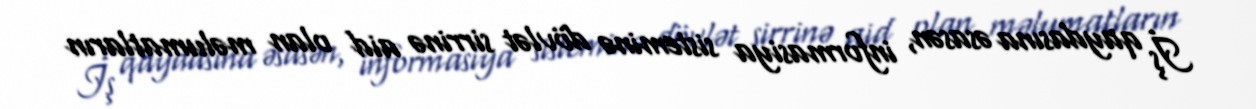
İş qaydasına əsasən, informasiya sisteminə dövlət sirrinə aid olan məlumatların